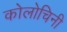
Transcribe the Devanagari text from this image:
कोलोचिनी